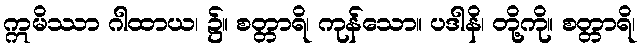
ဣမိဿာ ဂါထာယ၊ ၌။ စတ္တာရိ၊ ကုန်သော။ ပဒါနိ၊ တို့ကို။ စတ္တာရိ၊